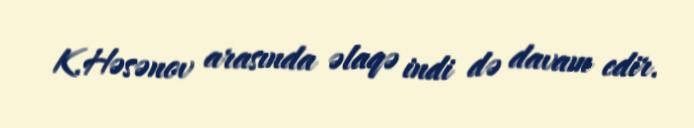
K.Həsənov arasında əlaqə indi də davam edir.